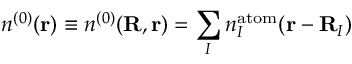
n ^ { ( 0 ) } ( { \bf r } ) \equiv n ^ { ( 0 ) } ( { \bf R , r } ) = \sum _ { I } n _ { I } ^ { \mathrm { a t o m } } ( { \bf r } - { \bf R } _ { I } )